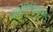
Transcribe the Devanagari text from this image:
ज्योतिर्विद्याविद्